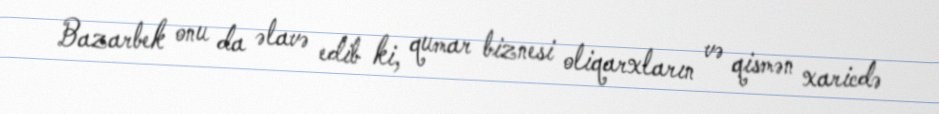
Bazarbek onu da əlavə edib ki, qumar biznesi oliqarxların və qismən xaricdə